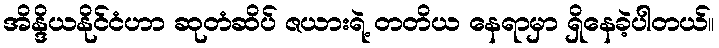
အိန္ဒိယနိုင်ငံဟာ ဆုတံဆိပ် ဇယားရဲ့ တတိယ နေရာမှာ ရှိနေခဲ့ပါတယ်။